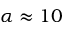
\alpha \approx 1 0